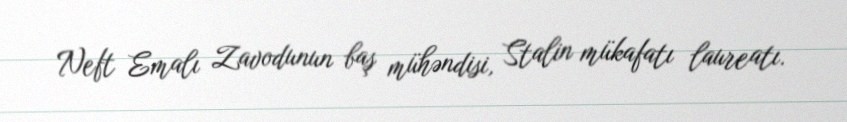
Neft Emalı Zavodunun baş mühəndisi, Stalin mükafatı laureatı.